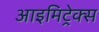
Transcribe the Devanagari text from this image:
आइमिट्रेक्स